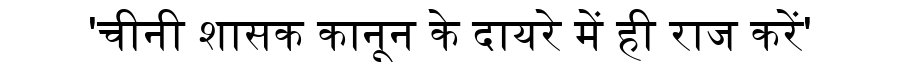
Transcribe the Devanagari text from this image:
'चीनी शासक कानून के दायरे में ही राज करें'